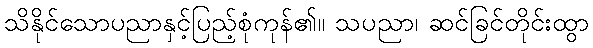
သိနိုင်သောပညာနှင့်ပြည့်စုံကုန်၏။ သပညာ၊ ဆင်ခြင်တိုင်းထွာ